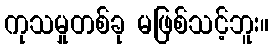
ကုသမှုတစ်ခု မဖြစ်သင့်ဘူး။